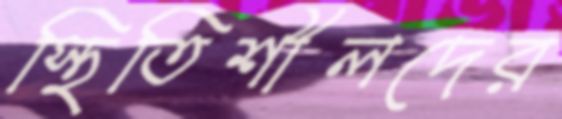
স্থিতিশীলদের